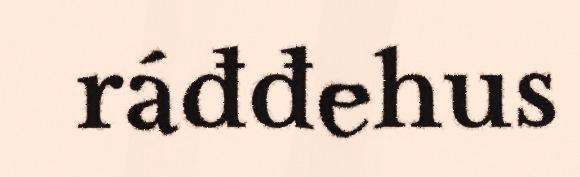
ráđđehus